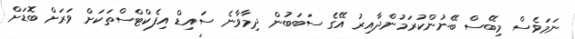
ނަމަވެސް މިބޭސް ބޭނުންކުރަމުންދާއިރު އޭގެ ސަބަބުން ދިމާވާނެ ސައިޑް އިފެކްޓްސްތަކަށް ވަރަށް ބޮޑަށް